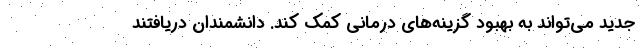
جدید می‌تواند به بهبود گزینه‌های درمانی کمک کند. دانشمندان دریافتند